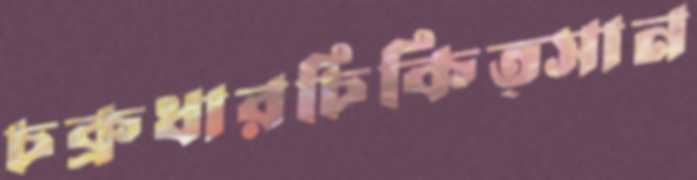
চক্রধারচিকিত্সান